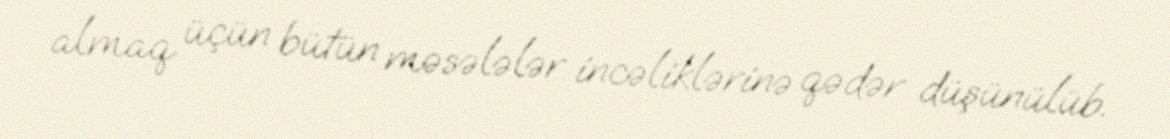
almaq üçün bütün məsələlər incəliklərinə qədər düşünülüb.